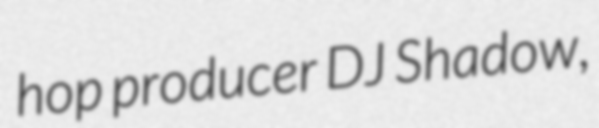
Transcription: hop producer DJ Shadow,